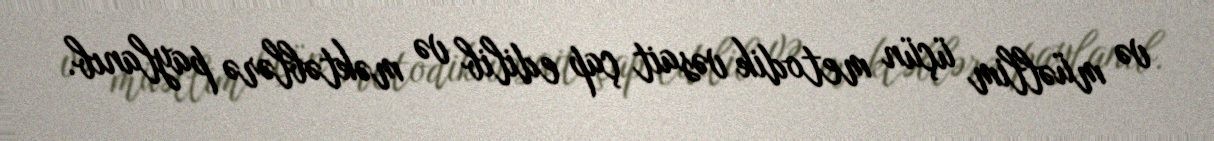
və müəllim üçün metodik vəsait çap edilib və məktəblərə paylanıb.